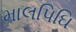
માલપિઘિ